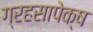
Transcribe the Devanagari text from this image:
ग्रहसापेक्ष